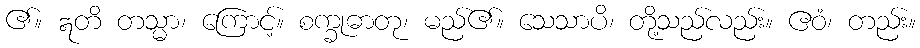
၏။ ဣတိ တသ္မာ၊ ကြောင့်။ စက္ခုဓာတု၊ မည်၏။ သေသာပိ၊ တို့သည်လည်း။ ဧဝံ၊ တည်း။